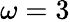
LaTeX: \omega=3